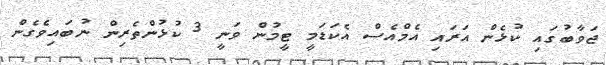
ޖަވާބުގައި ކުޅެން އަރައި އެމްއެސް އެކަޑަމީ ޓީމުން ވަނީ 3 ކުޅުންތެރިން ނުބައިވެގެން